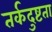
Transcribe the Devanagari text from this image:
तर्कदुष्टता